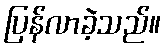
ပြန်လာခဲ့သည်။